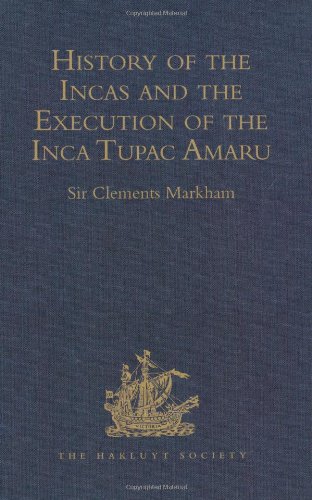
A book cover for History of the Incas, by Pedro Sarmiento De Gamboa, and the Execution of the Inca Tupac Amaru, by Captain Baltasar De Ocampo: A Narrative of the ... De Oviedo, of (Hakluyt Society Second Series); History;